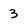
Character: 3